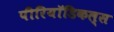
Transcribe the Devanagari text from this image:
पीरियॉडिकल्स